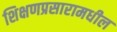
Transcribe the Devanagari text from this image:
शिक्षणप्रसारामधील